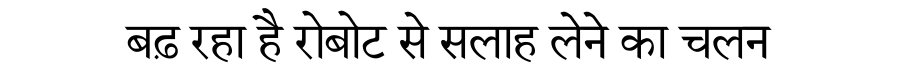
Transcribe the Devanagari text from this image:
बढ़ रहा है रोबोट से सलाह लेने का चलन